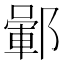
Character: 𨞎